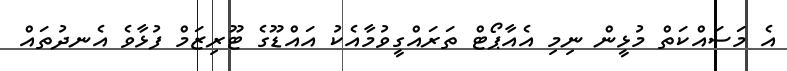
އެ މަސައްކަތް މުޅީން ނިމި އެއާޕޯޓް ތަރައްގީވުމާއެކު އައްޑޫގެ ޓޫރިޒަމް ފުޅާވެ އެނދުތައް